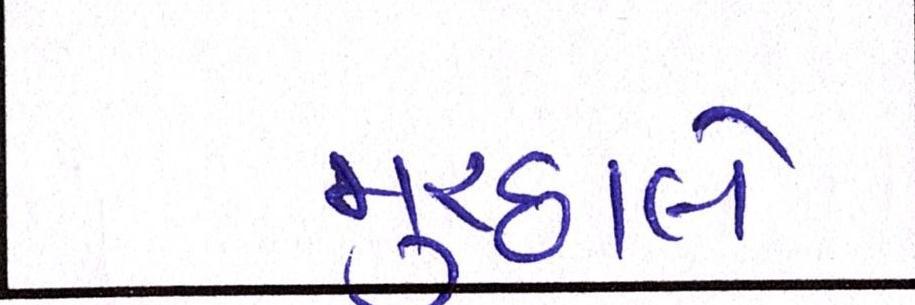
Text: મુચ્છાલે